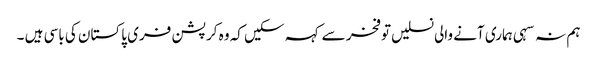
ہم نہ سہی ہماری آنے والی نسلیں توفخر سے کہہ سکیں کہ وہ کرپشن فری پاکستان کی باسی ہیں ۔